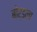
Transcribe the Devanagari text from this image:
बोर्डला